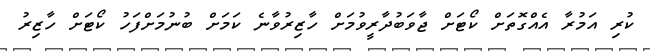
ކުރި އަމުރާ އެއްގޮތަށް ކޯޓަށް ޖާވަބުދާރީވުމަށް ހާޒިރުވާނެ ކަމަށް ބުނުމަށްފަހު ކޯޓަށް ހާޒިރު